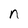
Character: n